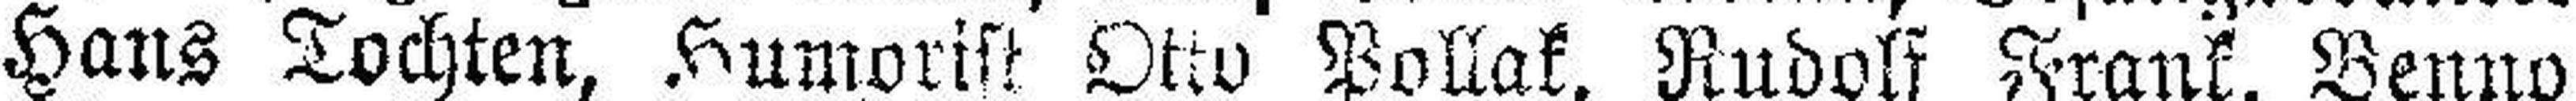
Hans Tochten, Humorist Otto Pollak, Rudolf Frank, Benno